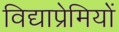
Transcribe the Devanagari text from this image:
विद्याप्रेमियों